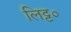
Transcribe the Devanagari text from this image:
लिट्ट०